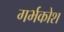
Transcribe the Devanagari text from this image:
गर्भकोश